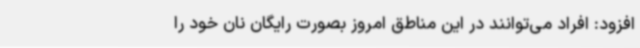
افزود: افراد می‌توانند در این مناطق امروز بصورت رایگان نان خود را